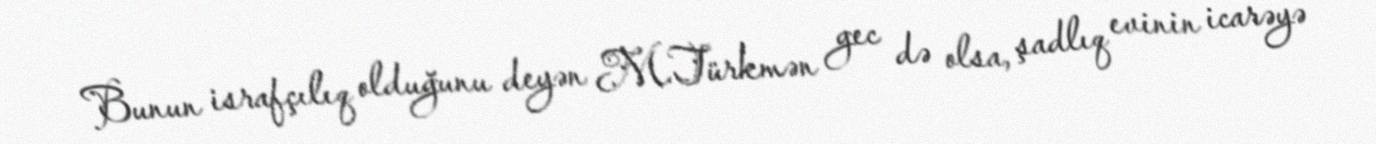
Bunun israfçılıq olduğunu deyən M.Türkmən gec də olsa, şadlıq evinin icarəyə